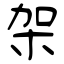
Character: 架